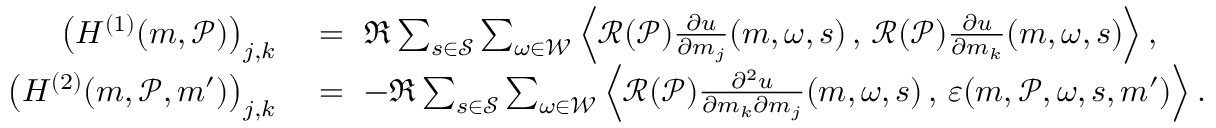
\begin{array} { r l } { \left( H ^ { ( 1 ) } ( \boldsymbol { m } , \mathcal { P } ) \right) _ { j , k } } & { \ = \ \Re \sum _ { s \in \mathcal { S } } \sum _ { \omega \in \mathcal { W } } \left\langle \mathcal { R } ( \mathcal { P } ) \frac { \partial u } { \partial m _ { j } } ( \boldsymbol { m } , \omega , s ) \, , \, \mathcal { R } ( \mathcal { P } ) \frac { \partial u } { \partial m _ { k } } ( \boldsymbol { m } , \omega , s ) \right\rangle , } \\ { \left( H ^ { ( 2 ) } ( \boldsymbol { m } , \mathcal { P } , \boldsymbol { m } ^ { \prime } ) \right) _ { j , k } } & { \ = \ - \Re \sum _ { s \in \mathcal { S } } \sum _ { \omega \in \mathcal { W } } \left\langle \mathcal { R } ( \mathcal { P } ) \frac { \partial ^ { 2 } u } { \partial m _ { k } \partial m _ { j } } ( \boldsymbol { m } , \omega , s ) \, , \, \boldsymbol { \varepsilon } ( \boldsymbol { m } , \mathcal { P } , \omega , s , \boldsymbol { m } ^ { \prime } ) \right\rangle . } \end{array}